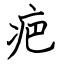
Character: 疤